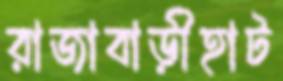
রাজাবাড়ীহাট